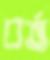
বর্ত